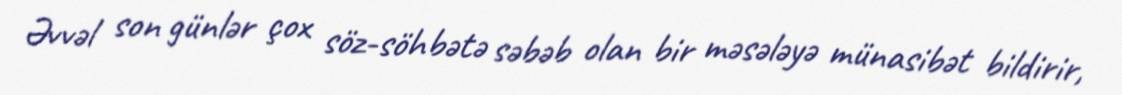
Əvvəl son günlər çox söz-söhbətə səbəb olan bir məsələyə münasibət bildirir,